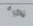
شيء